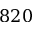
8 2 0